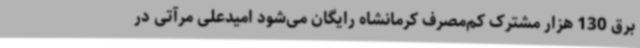
برق 130 هزار مشترک کم‌مصرف کرمانشاه رایگان می‌شود امیدعلی مرآتی در